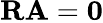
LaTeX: \textrm{\textbf{R}}\textrm{\textbf{A}}=\textrm{\textbf{0}}